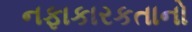
નફાકારકતાનો